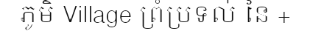
ភូមិ Village ព្រំប្រទល់ នៃ +